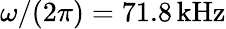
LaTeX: \omega/(2\pi)=71.8\, \mathrm{{kHz}}